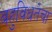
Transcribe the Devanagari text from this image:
बहुविधतेचा